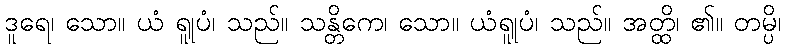
ဒူရေ၊ သော။ ယံ ရူုပံ၊ သည်။ သန္တိကေ၊ သော။ ယံရူုပံ၊ သည်။ အတ္ထိ၊ ၏။ တမ္ပိ၊